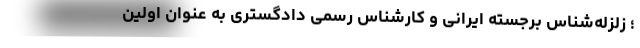
؛ زلزله‌شناس برجسته ایرانی و کارشناس رسمی دادگستری به عنوان اولین